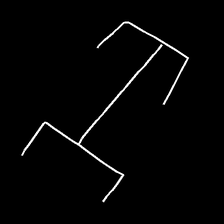
Glyph: entwine